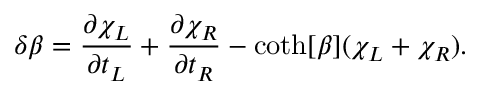
\delta \beta = \frac { \partial \chi _ { L } } { \partial t _ { L } } + \frac { \partial \chi _ { R } } { \partial t _ { R } } - \coth [ \beta ] ( \chi _ { L } + \chi _ { R } ) .